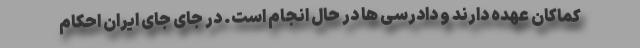
کماکان عهده دارند و دادرسی ها در حال انجام است. در جای جای ایران احکام